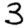
Digit: 3